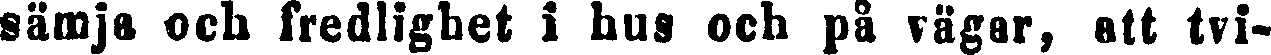
sämja och fredlighet i hus och på vägar, att tvi-